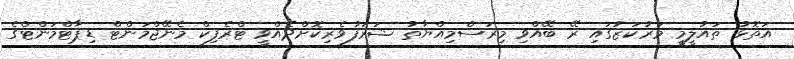
އަތޮޅު ތައުލީމީ މަރުކަޒުގައި ރޭ ބޭއްވި މިރަސްމިއްޔާތު ޝަރަފުވެރިކޮށްދެއްވީ ޓްރެފިކް މެނޭޖްމަންޓް ޑިޕާޓްމަންޓްގެ